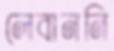
লেবাননি